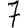
Digit: 7